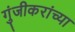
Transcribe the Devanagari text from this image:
गुंजीकरांच्या